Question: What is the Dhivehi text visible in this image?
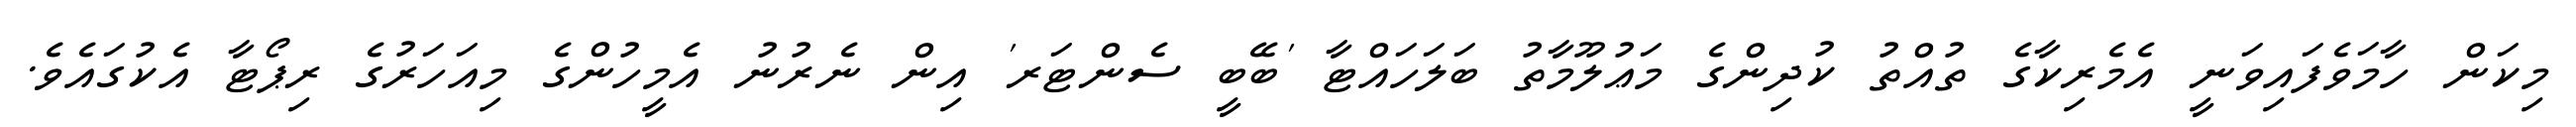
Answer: މިކަން ހާމަވެފައިވަނީ އެމެރިކާގެ ތުއްތު ކުދިންގެ މަޢުލޫމާތު ބަލަހައްޓާ 'ބޭބީ ސެންޓަރ' އިން ނެރުނު އެމީހުންގެ މިއަހަރުގެ ރިޕޯޓާ އެކުގައެވެ.